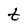
Character: t